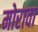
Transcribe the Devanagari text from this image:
मोरावा